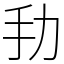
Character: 劧